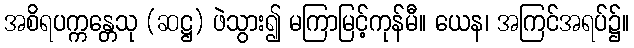
အစိရပက္ကန္တေသု (ဆဋ္ဌ) ဖဲသွား၍ မကြာမြင့်ကုန်မီ။ ယေန၊ အကြင်အရပ်၌။